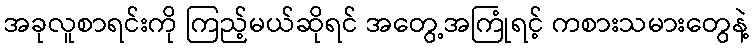
အခုလူစာရင်းကို ကြည့်မယ်ဆိုရင် အတွေ့အကြုံရင့် ကစားသမားတွေနဲ့